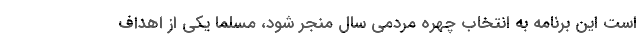
است این برنامه به انتخاب چهره مردمی سال منجر شود، مسلما یکی از اهداف